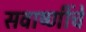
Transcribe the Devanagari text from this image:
सवाष्णींचे